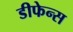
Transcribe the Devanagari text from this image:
डीफेन्स